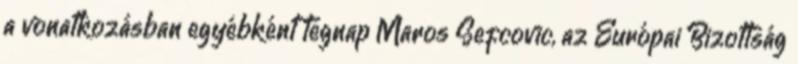
a vonatkozásban egyébként tegnap Maros Sefcovic, az Európai Bizottság